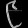
Digit: ၉